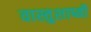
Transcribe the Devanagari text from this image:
वास्तुशाष्त्री